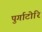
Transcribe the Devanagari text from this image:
पुर्गाटोरि